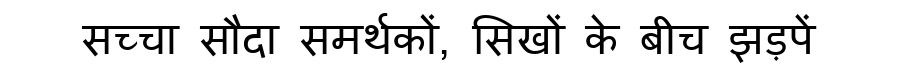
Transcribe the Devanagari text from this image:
सच्चा सौदा समर्थकों, सिखों के बीच झड़पें